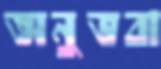
অনুভবা